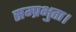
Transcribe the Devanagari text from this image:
सम्प्रभुता।